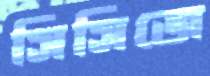
সিসিজে